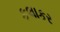
કલાકર